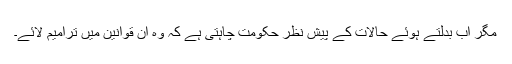
مگر اب بدلتے ہوئے حالات کے پیش نظر حکومت چاہتی ہے کہ وہ ان قوانین میں ترامیم لائے۔